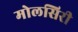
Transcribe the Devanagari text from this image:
मोलसिरी